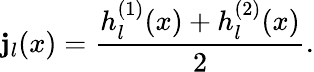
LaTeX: \mathbf{j}_{l}(x)=\frac{{h_{l}^{(1)}(x)+h_{l}^{(2)}(x)}}{{2}}.